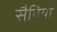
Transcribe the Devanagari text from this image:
सैबिया